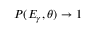
P ( E _ { \gamma } , \theta ) \rightarrow 1